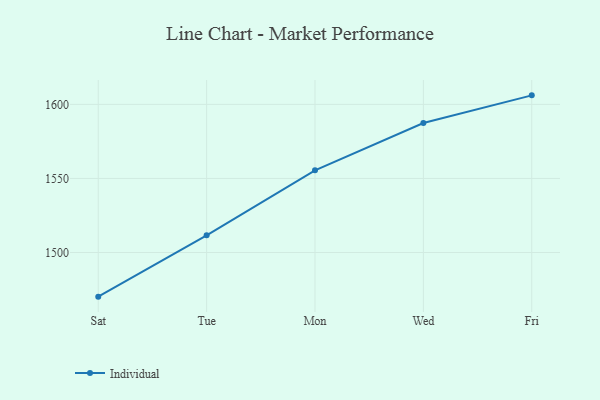
{"axis": {"x": "Day", "y": "Page Views"}, "legend": ["Individual"], "data": [{"x": "Sat", "y": 1470.2, "type": "Individual"}, {"x": "Tue", "y": 1511.6, "type": "Individual"}, {"x": "Mon", "y": 1555.5, "type": "Individual"}, {"x": "Wed", "y": 1587.4, "type": "Individual"}, {"x": "Fri", "y": 1606.1, "type": "Individual"}]}